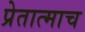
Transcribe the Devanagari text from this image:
प्रेतात्माच